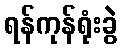
ရန်ကုန်ရုံးခွဲ